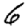
Digit: 6